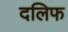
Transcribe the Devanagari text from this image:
दलिफ